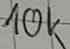
Text: 10k